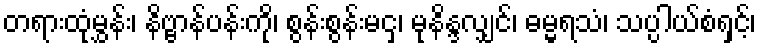
တရားထုံမွှန်း၊ နိဗ္ဗာန်ပန်းကို၊ စွန်းစွန်းမငှ၊ မုနိန္ဒလျှင်၊ ဓမ္မရသံ၊ သပ္ပါယ်စံရှင့်၊